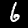
Label: 6